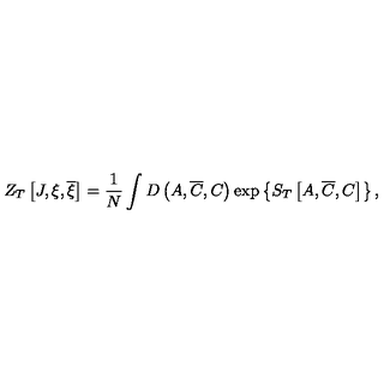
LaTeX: Z _ { T } \left[ J , \xi , \overline { { \xi } } \right] = \frac 1 N \int D \left( A , \overline { { C } } , C \right) \exp \left\{ S _ { T } \left[ A , \overline { { C } } , C \right] \right\} ,